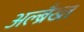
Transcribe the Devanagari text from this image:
अल्ब्रैख्त